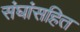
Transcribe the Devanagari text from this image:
संघांसहित